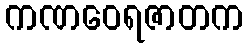
ကဏဝေရဇာတက